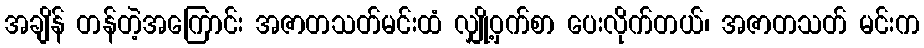
အချိန် တန်တဲ့အကြောင်း အဇာတသတ်မင်းထံ လျှို့ဝှက်စာ ပေးလိုက်တယ်၊ အဇာတသတ် မင်းက